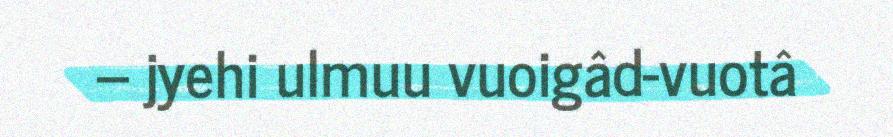
– jyehi ulmuu vuoigâd-vuotâ